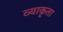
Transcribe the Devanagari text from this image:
व्याकृता